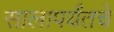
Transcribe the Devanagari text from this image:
सालापर्यंतचे